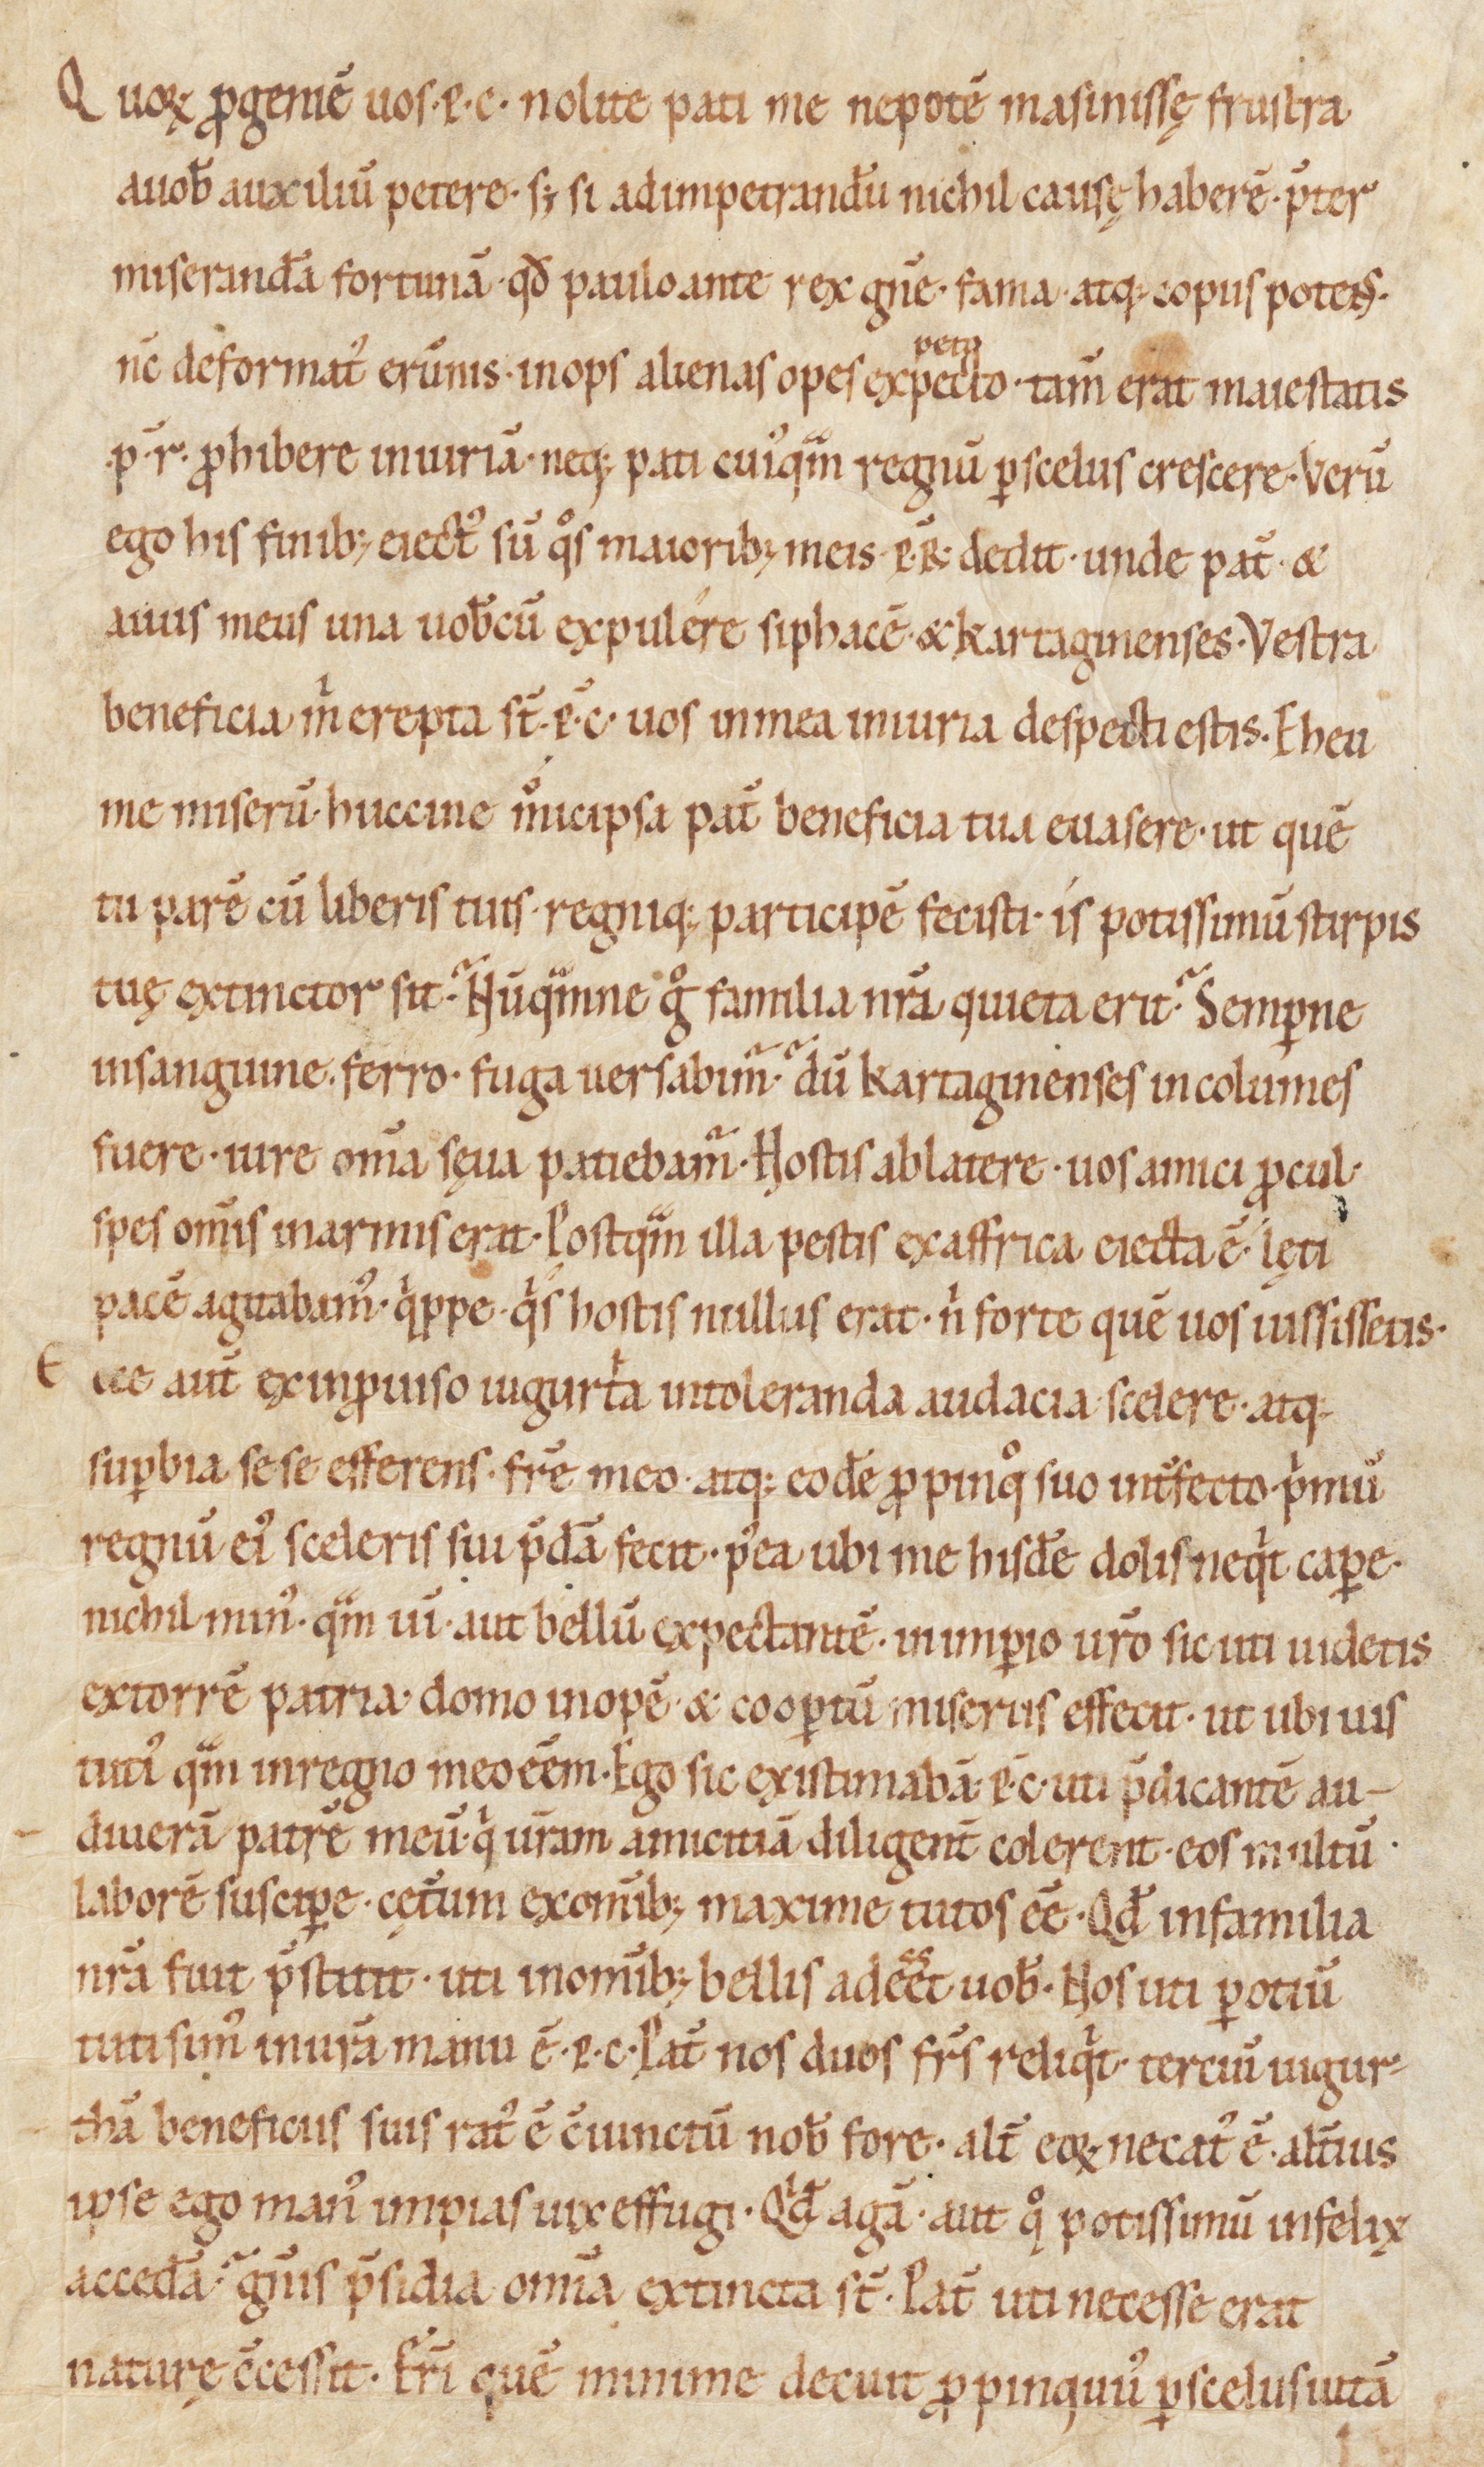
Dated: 1000–1099